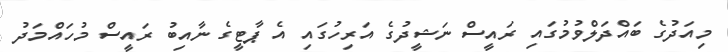
މިއަދުގެ ބައްދަލްވުމުގައި ރައީސް ނަޝީދުގެ އަރިހުގައި އެ ޕާޓީގެ ނާއިބު ރައީސް މުހައްމަދު